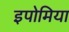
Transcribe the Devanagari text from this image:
इपोमिया